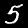
Label: 5